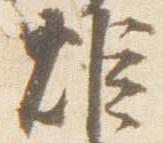
炬